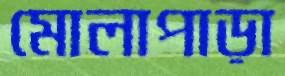
মোলাপাড়া